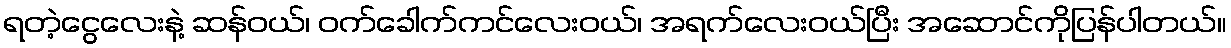
ရတဲ့ငွေလေးနဲ့ ဆန်ဝယ်၊ ဝက်ခေါက်ကင်လေးဝယ်၊ အရက်လေးဝယ်ပြီး အဆောင်ကိုပြန်ပါတယ်။